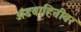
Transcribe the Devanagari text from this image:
अंडवाहिनीवर